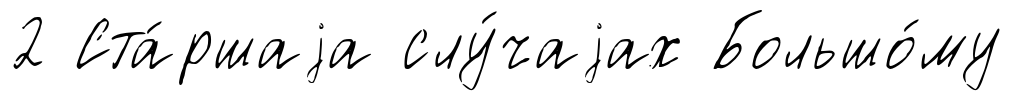
2 Ста́ршаjа слу́чаjах Большо́му